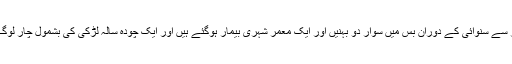
آسام میں پیر کے روز سے سنوائی کے دوران بس میں سوار دو بہنیں اور ایک معمر شہری بیمار ہوگئے ہیں اور ایک چودہ سالہ لڑکی کی بشمول چار لوگ ہلاک بھی ہوئے ہیں۔